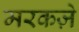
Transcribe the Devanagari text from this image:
मरकज़े